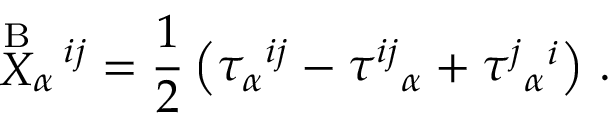
\stackrel { \mathrm { B } } { X } _ { \alpha } { } ^ { \! i j } = \frac { 1 } { 2 } \left( \tau _ { \alpha } { } ^ { i j } - \tau ^ { i j } { } _ { \alpha } + \tau ^ { j } { } _ { \alpha } { } ^ { i } \right) \, .